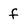
Character: f